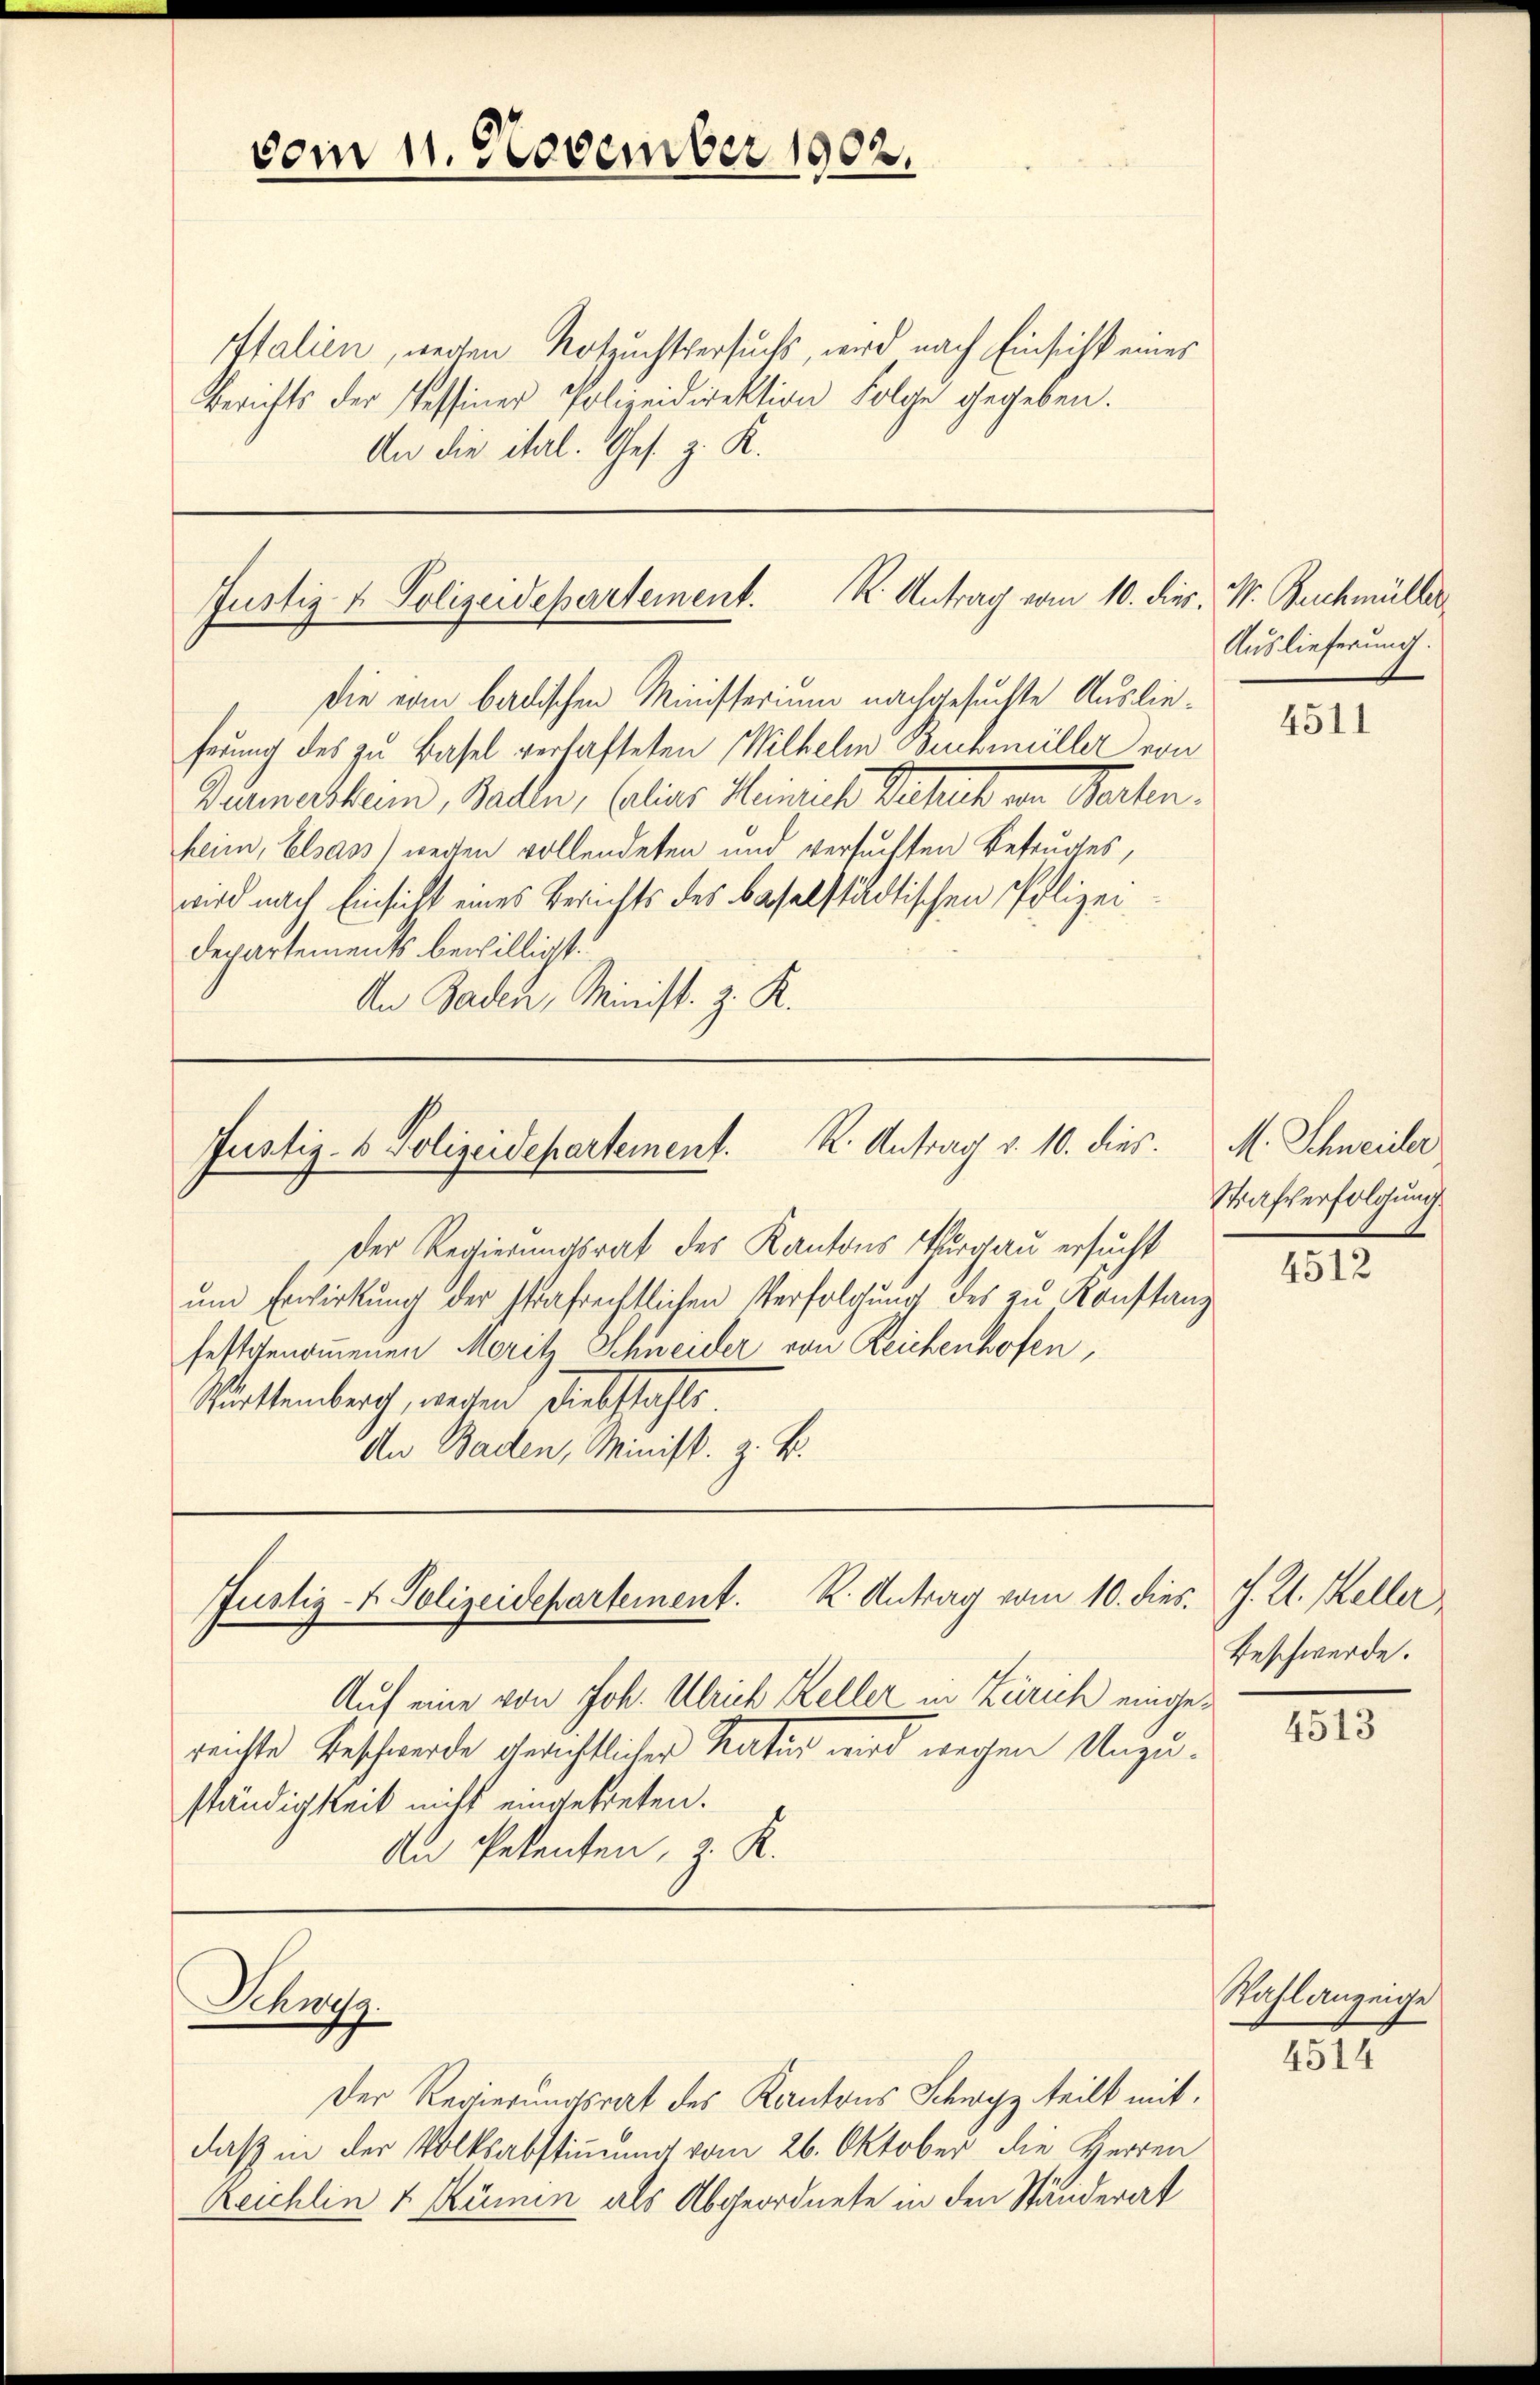
vom 11. November 1902.

Italien, weiten Notzuchtversuchs, wird nach Einsicht eines
Berichts der Tessiner Polizeidirektion Folge gegeben.
An die ital. Ges. z. K.

Justiz & Polizeidepartement. K. Antrag vom 10. die

Die vom badischen Ministerium nachgesuchte Auslieferung des zu Basel verhafteten Wilhelm Buchmüller von
Beunerhein, Ballen, Calias Heinreich Dechert von Sachen.
heim, Elsass) weiten vollendeten und versuchten Betruges,
wird nach Einsicht eines Berichts des baselstädtischen Polizei¬
Departements bewilligt.
An Baden, Minist. Z. K.

K. Antrag v. 10. dies.
Justiz- & Polizeidepartement.

R. Antrag vom 10. dies. J. K. Keller
Justiz- & Polizeidepartement.

Schweiz.

Der Regierungsrat des Kantons Schwyz teilt mit
daß in der Volksabstimmung vom 26. Oktober die Herren
Reichlin v. Kümin als Abgeordnete in den Ständerat

Der Regierungsrat des Kantons Thurgau ersucht
un Erwirkung der strafrechtlichen Verfolgung des zu Konstanz
festgenommenen Moritz Schneider von Reichenhofen,
Württemberch, weiten Diebstahls.
An Baden, Minist. z. B.

Auf eine von Joh. Ulrich Keller in Zürich eingerenste Beschwerde gerichtlicher Natur wird wegen Unzuständigkeit nitt eingetreten.
An Petenten, z. R.

W. Buchmüller
Auslieferung.

4511

M. Schweider
Strafverfolgung

4512

Beschwerde.

4513

Wahl anzeige

4514